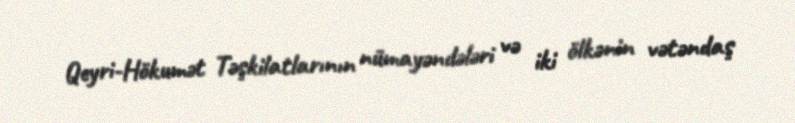
Qeyri-Hökumət Təşkilatlarının nümayəndələri və iki ölkənin vətəndaş